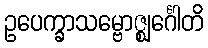
ဥပေက္ခာသမ္ဗောဇ္ဈင်္ဂေါတိ